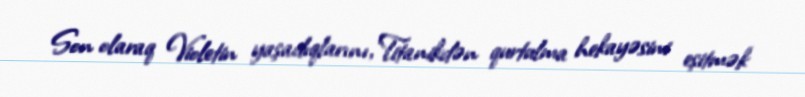
Son olaraq Violetin yaşadıqlarını, Titanikdən qurtulma hekayəsini eşitmək